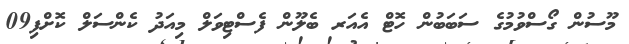
މޫސުން ގޯސްވުމުގެ ސަބަބުން ހޮޓް އެއަރ ބެލޫން ފެސްޓިވަލް މިއަދު ކެންސަލް ކޮށްފި09